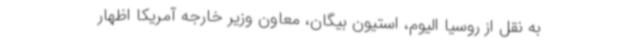
به نقل از روسیا الیوم، استیون بیگان، معاون وزیر خارجه آمریکا اظهار